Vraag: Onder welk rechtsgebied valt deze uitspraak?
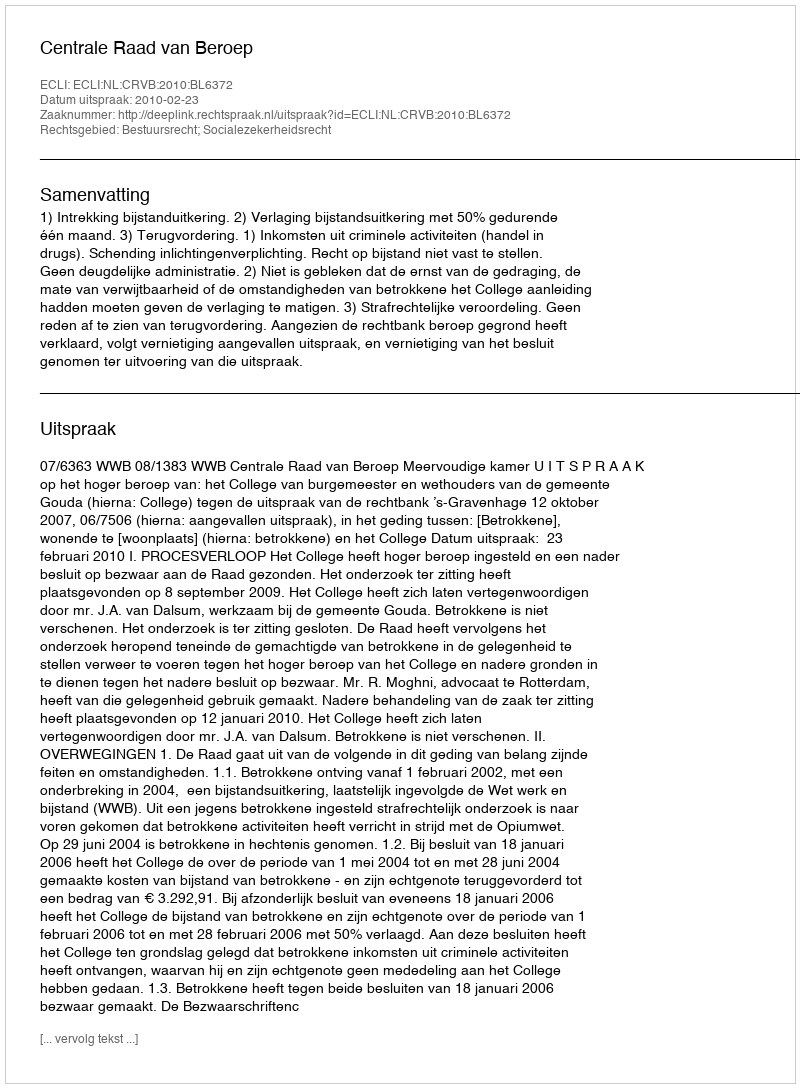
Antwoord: Bestuursrecht; Socialezekerheidsrecht